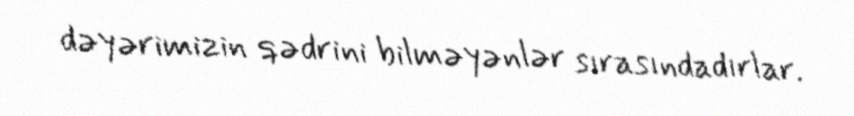
dəyərimizin qədrini bilməyənlər sırasındadırlar.